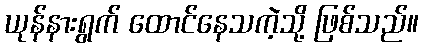
ယုန်နားရွက် ထောင်နေသကဲ့သို့ ဖြစ်သည်။